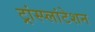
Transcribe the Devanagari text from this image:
ट्रांस्प्लांटेशन